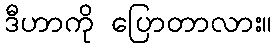
ဒီဟာကို ပြောတာလား။